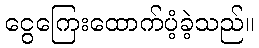
ငွေကြေးထောက်ပံ့ခဲ့သည်။